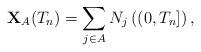
LaTeX: \begin{align*} \mathbf X_A(T_n)= \sum_{j \in A}N_j\left(\left(0,T_n\right]\right),\end{align*}